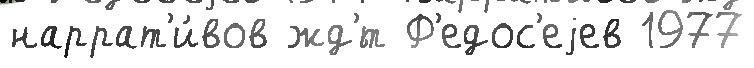
наррат'и́вов жд'́т Ф'едос'еjев 1977